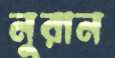
নুরান